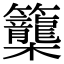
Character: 𥸉